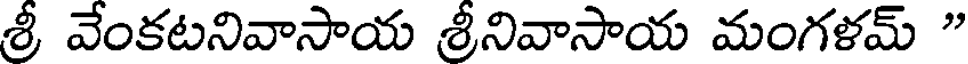
శ్రీ వేంకటనివాసాయ శ్రీనివాసాయ మంగళమ్ "